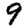
Digit: 9